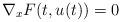
LaTeX: \begin{align*}\nabla_x F(t,u(t))=0\end{align*}